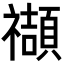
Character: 𥜝